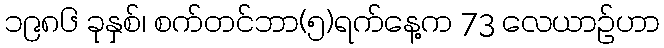
၁၉၈၆ ခုနှစ်၊ စက်တင်ဘာ(၅)ရက်နေ့က 73 လေယာဉ်ဟာ